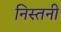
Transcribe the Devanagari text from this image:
निस्तनी